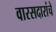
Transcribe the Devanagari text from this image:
वारसदारांचे